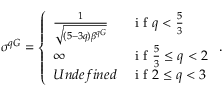
\sigma ^ { q G } = \left\{ \begin{array} { l l } { \frac { 1 } { \sqrt { ( 5 - 3 q ) \beta ^ { q G } } } } & { \mathrm { ~ i ~ f ~ } q < \frac { 5 } { 3 } } \\ { \infty } & { \mathrm { ~ i ~ f ~ } \frac { 5 } { 3 } \le q < 2 } \\ { U n d e f i n e d } & { \mathrm { ~ i ~ f ~ } 2 \le q < 3 } \end{array} \right. .